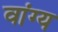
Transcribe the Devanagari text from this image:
वांग्य